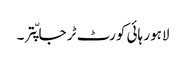
لاہور ہائی کورٹ ٹر جا پّتر ۔